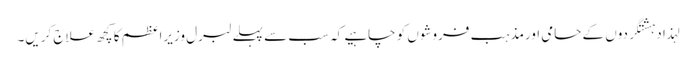
لہذا دہشتگردوں کے حامی اورمذہب فروشوں کو چاہیے کہ سب سے پہلے لبرل وزیراعظم کا کچھ علاج کریں۔